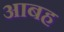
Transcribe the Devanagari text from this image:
आबह